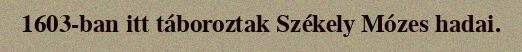
1603-ban itt táboroztak Székely Mózes hadai.